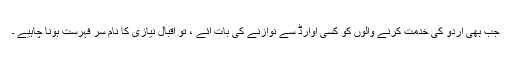
جب بھی اردو کی خدمت کرنے والوں کو کسی اوارڈ سے نوازنے کی بات آئے ، تو اقبال نیازی کا نام سر فہرست ہونا چاہیے ۔